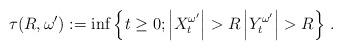
LaTeX: \begin{align*}\tau(R,\omega^\prime):=\inf\left\lbrace t\ge 0; \left\lvert X_t^{\omega^\prime}\right\rvert>R \left\lvert Y_t^{\omega^\prime}\right\rvert>R\right\rbrace \, . \end{align*}